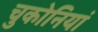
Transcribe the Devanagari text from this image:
चुकोनियां